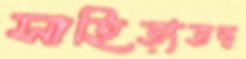
সাহিত্যতত্ত্ব